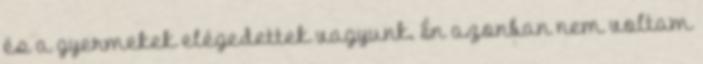
és a gyermekek elégedettek vagyunk. Én azonban nem voltam